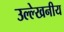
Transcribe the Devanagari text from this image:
उल्‍ल्‍ेखनीय